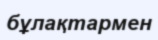
бұлақтармен